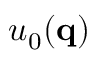
u _ { 0 } ( \mathbf { q } )